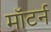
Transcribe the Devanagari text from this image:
मॉटर्न